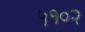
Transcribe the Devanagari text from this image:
५१०२